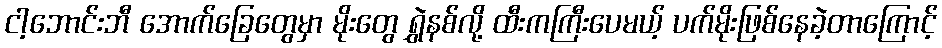
ငါ့ဘောင်းဘီ အောက်ခြေတွေမှာ မိုးတွေ ရွှဲနစ်လို့ ထီးကကြီးပေမယ့် ပက်မိုးဖြစ်နေခဲ့တာကြောင့်